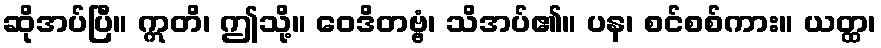
ဆိုအပ်ပြီ။ ဣတိ၊ ဤသို့။ ဝေဒိတဗ္ဗံ၊ သိအပ်၏။ ပန၊ စင်စစ်ကား။ ယတ္ထ၊